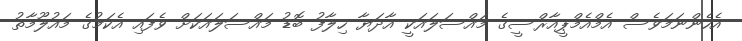
އެހެންނަމަވެސް އެމްއެމްޕީއާރްސީގެ މައްސަލައަކީ އާދަޔާ ހިލާފު ބޮޑު މައްސަލައަކަށް ވެފައި އެކަމުގެ މައުލޫމާތު